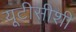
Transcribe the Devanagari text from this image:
यूटीसीशी